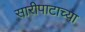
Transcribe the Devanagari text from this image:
सारीपाटाच्या